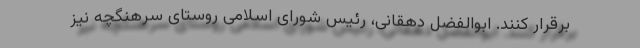
برقرار کنند. ابوالفضل دهقانی، رئیس شورای اسلامی روستای سرهنگچه نیز